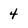
Character: 4